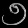
Digit: ၅